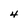
Character: 4